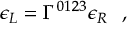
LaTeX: \epsilon _ { L } = \Gamma ^ { 0 1 2 3 } \epsilon _ { R } ~ ~ ,